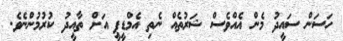
ހަސަން ސައީދު މެން އެއްވެސް ޝަރުތެއް ނެތި އެމްޑީޕީ އަަށް ތާއީދު ކުރުމުންނެވެ.